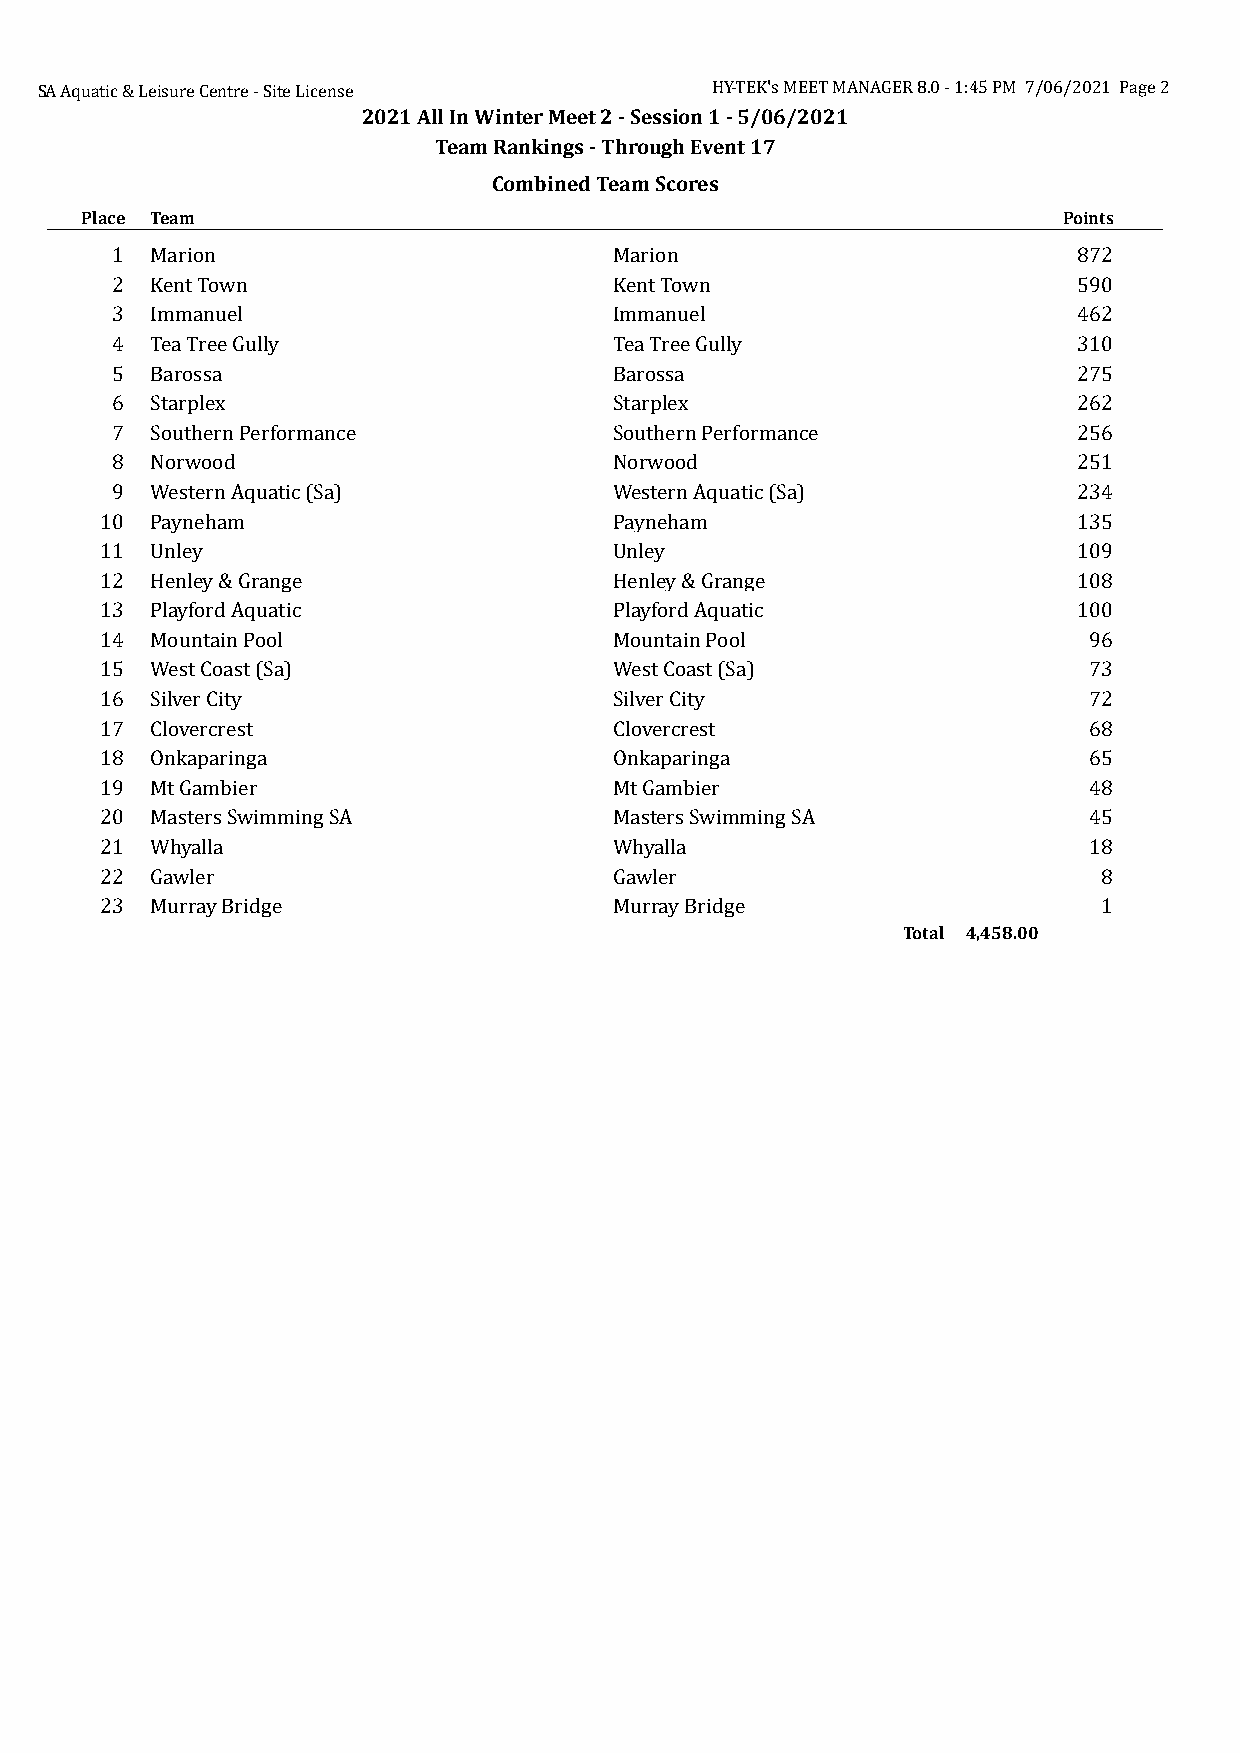
SA Aquatic & Leisure Centre - Site License   HY-TEK's MEET MANAGER 8.0 - 1:45 PM 7/06/2021 Page 2
 2021 All In Winter Meet 2 - Session 1 - 5/06/2021
 Team Rankings - Through Event 17
 Combined Team Scores
 Place Team                                                       Points
 1  Marion                         Marion                        872
 2  Kent Town                      Kent Town                     590
 3  Immanuel                       Immanuel                      462
 4  Tea Tree Gully                 Tea Tree Gully                310
 5  Barossa                        Barossa                       275
 6  Starplex                       Starplex                      262
 7  Southern Performance           Southern Performance          256
 8  Norwood                        Norwood                       251
 9  Western Aquatic (Sa)           Western Aquatic (Sa)          234
 10 Payneham                       Payneham                      135
 11 Unley                          Unley                         109
 12 Henley & Grange                Henley & Grange               108
 13 Playford Aquatic               Playford Aquatic              100
 14 Mountain Pool                  Mountain Pool                  96
 15 West Coast (Sa)                West Coast (Sa)                73
 16 Silver City                    Silver City                    72
 17 Clovercrest                    Clovercrest                    68
 18 Onkaparinga                    Onkaparinga                    65
 19 Mt Gambier                     Mt Gambier                     48
 20 Masters Swimming SA            Masters Swimming SA            45
 21 Whyalla                        Whyalla                        18
 22 Gawler                         Gawler                          8
 23 Murray Bridge                  Murray Bridge                   1
 Total 4,458.00